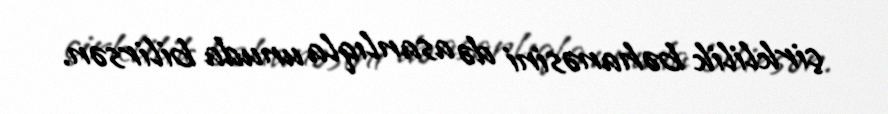
çirklilik bəhanəsini də asanlıqla unuda bilirsən.